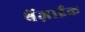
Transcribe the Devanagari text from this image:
बेंज़ाईक